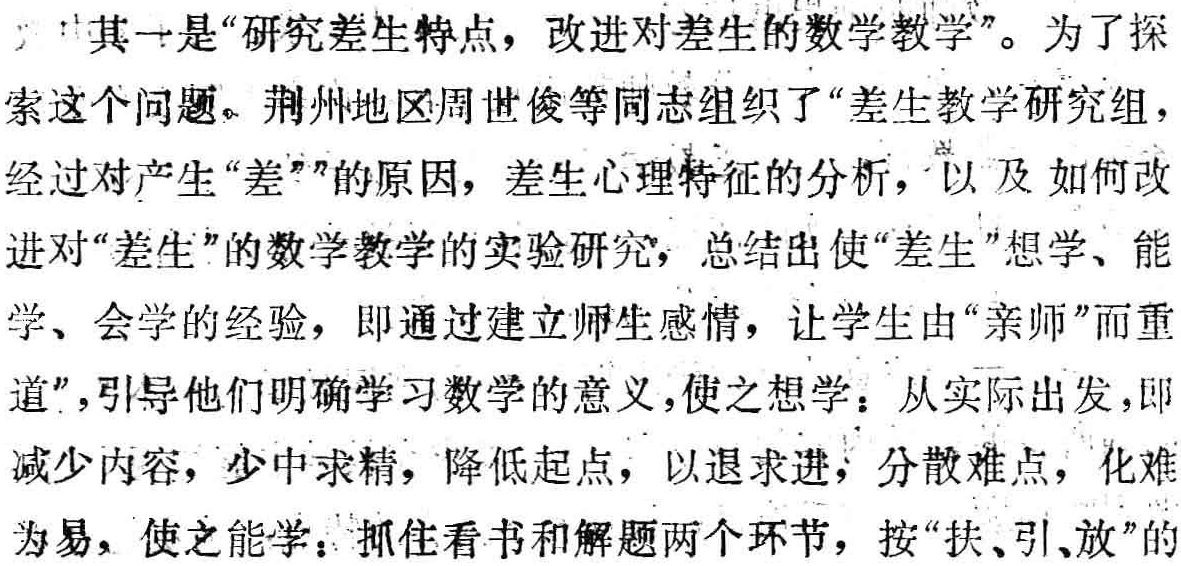
其中一是“研究差生特点，改进对差生的数学教学”。为了探索这个问题，荆州地区周世俊等同志组织了“差生教学研究组”，经过对产生“差”的原因，差生心理特征的分析，以及如何改进对“差生”的数学教学的实验研究，总结出使“差生”想学、能学、会学的经验，即通过建立师生感情，让学生由“亲师”而重道”，引导他们明确学习数学的意义，使之想学；从实际出发，即减少内容，少中求精，降低起点，以退求进，分散难点，化难为易，使之能学；抓住看书和解题两个环节，按“扶、引、放”的